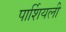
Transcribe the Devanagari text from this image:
पार्शियली